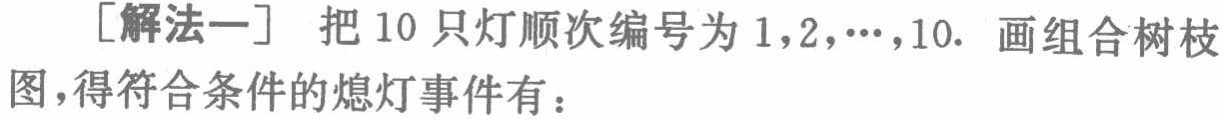
[解法一] 把 10 只灯顺次编号为 \(1,2,\cdots,10\). 画组合树枝图,得符合条件的熄灯事件有：